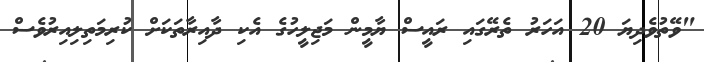
"ވޭތުވެދިޔަ 20 އަހަރު ތެރޭގައި ރައީސް ޔާމީން މަޖިލީހުގެ އެކި ދާއިރާތަކަށް ކުރިމަތިލިއިރުވެސް